Jaan_Tonisson_(Lasteleht), lk 459
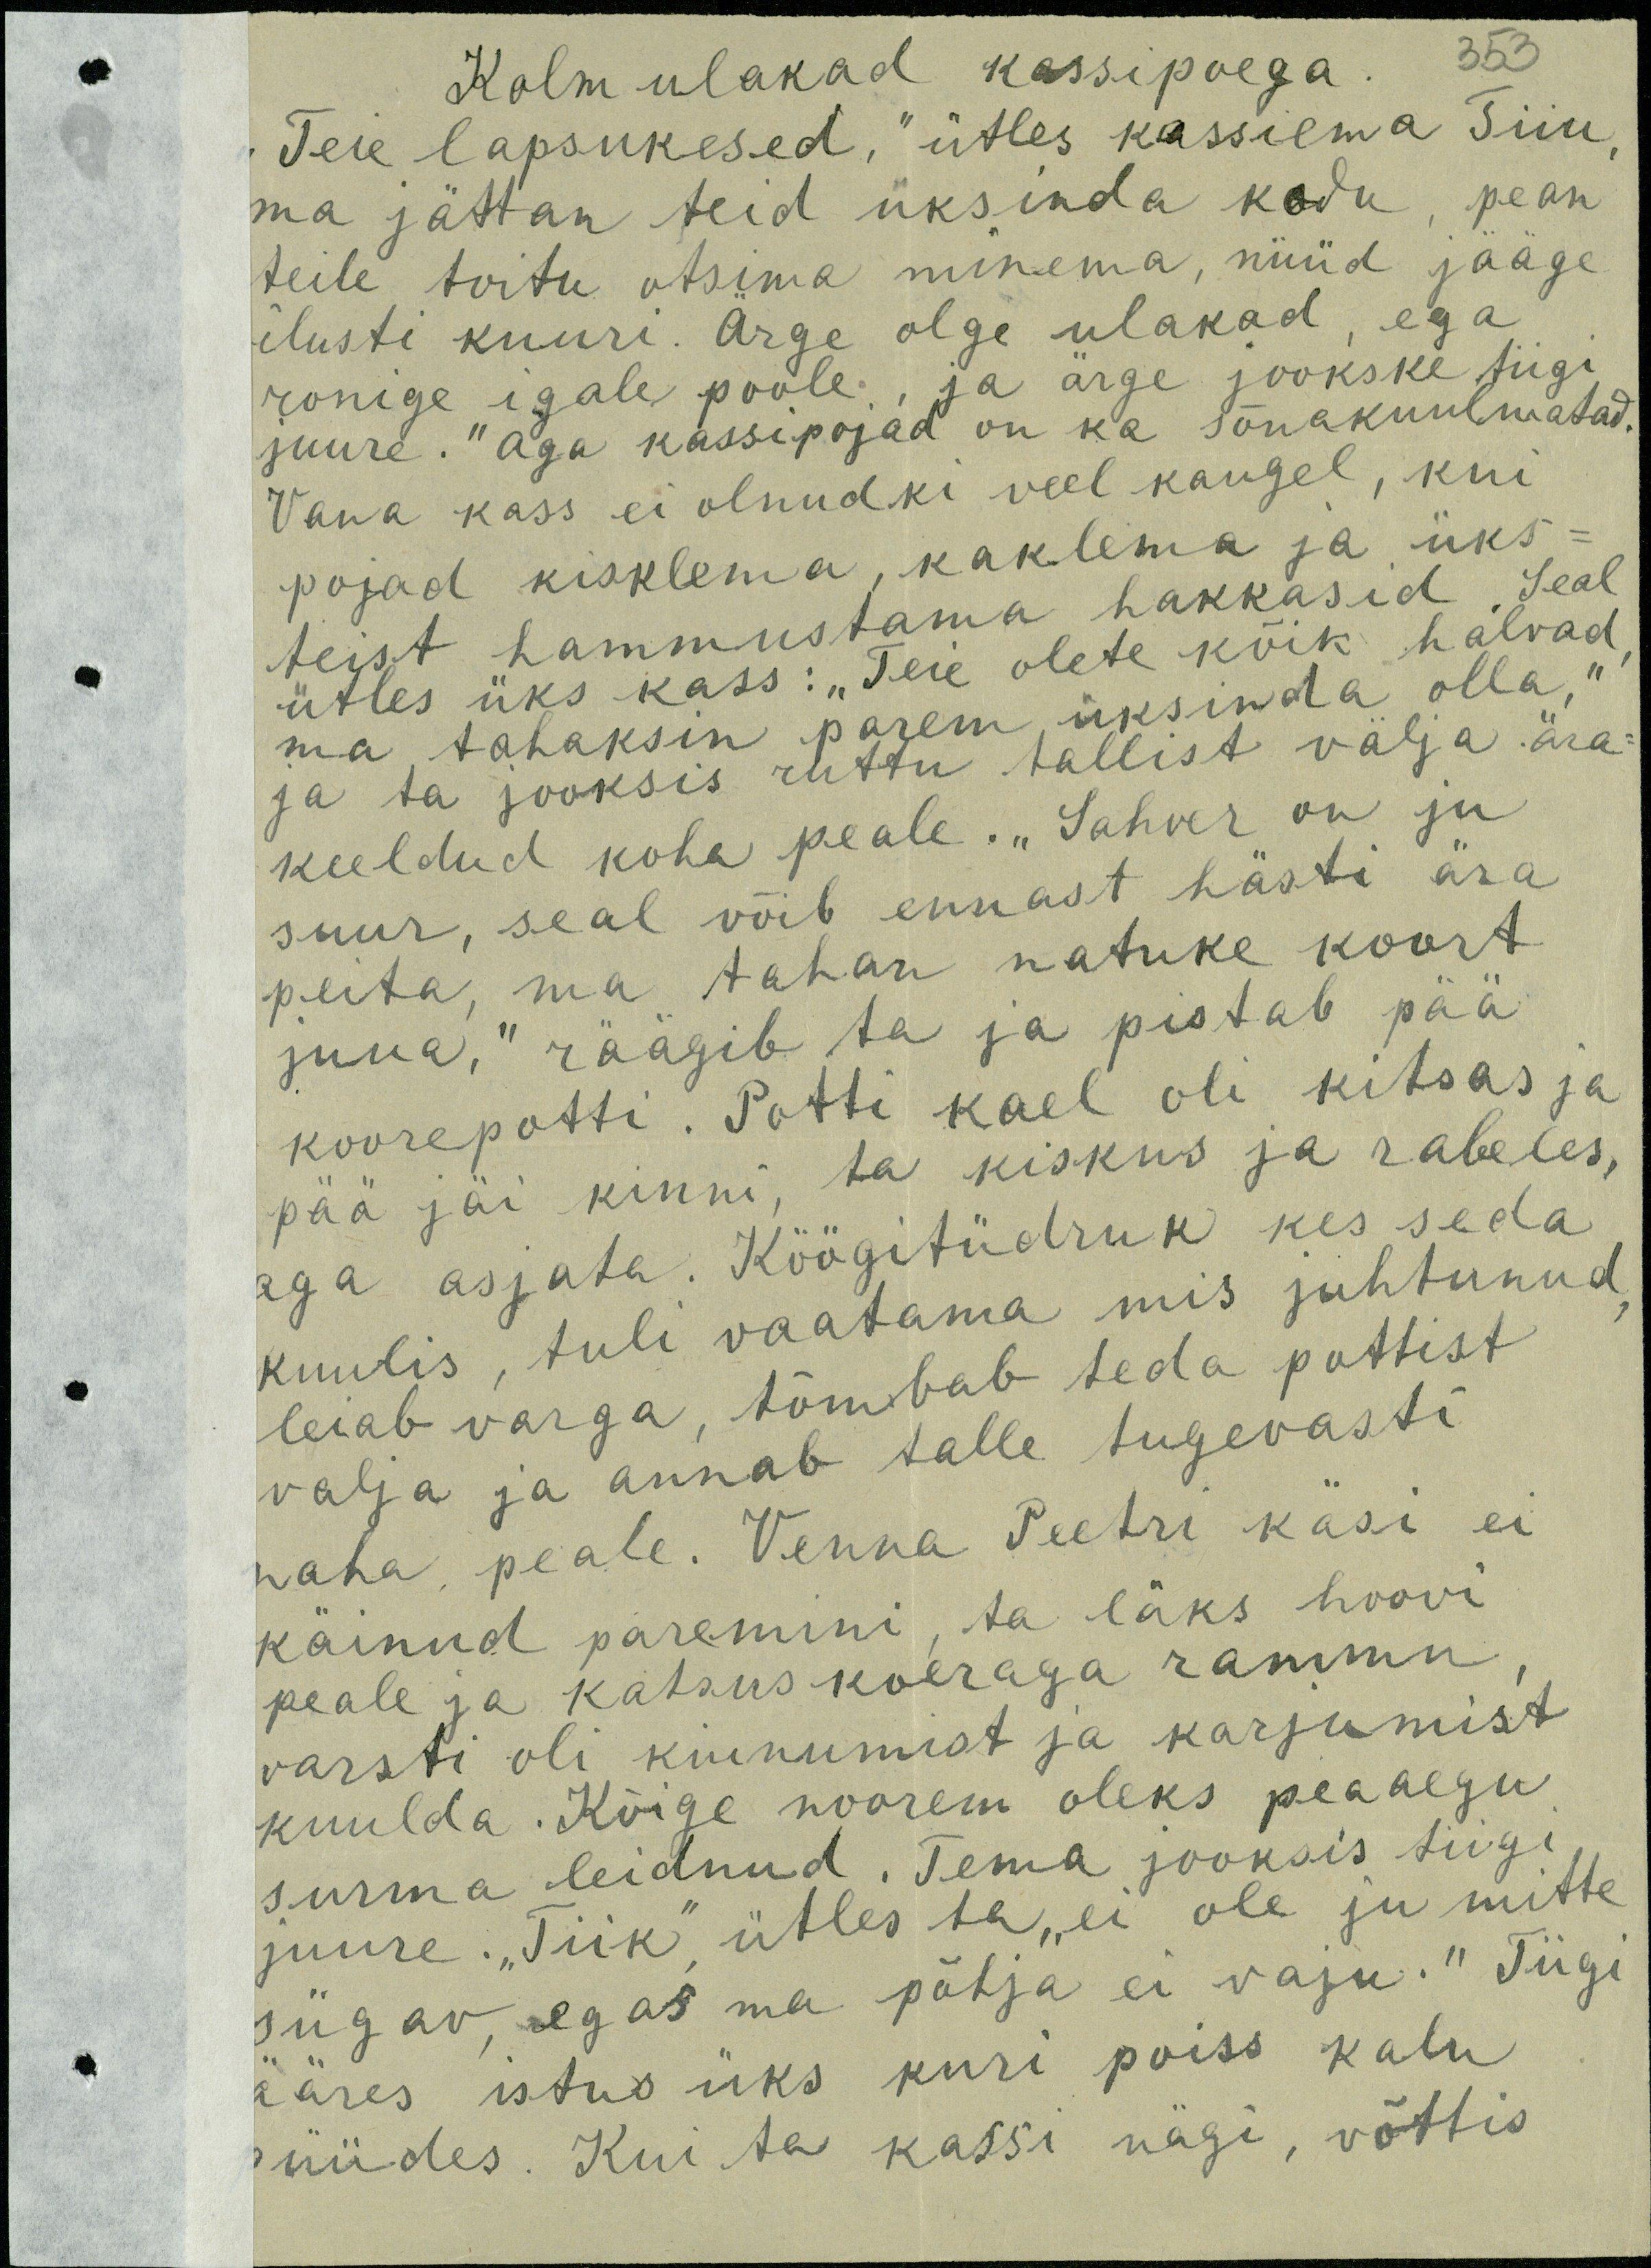
Kolm ulakad kassipoega
353
Teie lapsukesed," ütles kassiema Tiiu
ma jättan teid üksinda kodu, pean
teile toitu otsima minema, nüüd jääge
ilusti kuuri. Ärge olge ulakad, ega
ronige igale poole, ja ärge jookske tiigi
juure." aga kassipojad on ka sõnakuulmatad.
Vana kass ei olnudki veel kaugel, kui
pojad kisklema, kaklema ja üks-
teist hammustama hakkasid. Seal
ütles üks kass: "Teie olete kõik halvad
ma tahaksin parem üksinda olla,“
ja ta jooksis ruttu tallist välja ära-
keeldud koha peale. "Sahver on ju
suur, seal võib ennast hästi ära
peita, ma tahan natuke koort
juua." räägib ta ja pistab pää-
koorepotti. Potti kael oli kitsas ja
pää jäi kinni, ta kiskus ja rabeles,
aga asjata. Köögitüdruk kes seda
kuulis, tuli vaatama mis juhtunud
leiab varga, tõmbab teda pottist
välja ja annab talle tugevasti
naha peale. Venna Peetri käsi ei
käinud paremini, ta läks hoovi
peale ja katsus koeraga rammu
varsti oli kiunumist ja karjumist
kuulda. Kõige noorem oleks peaaegu
surma leidnud. Tema jooksis tiigi
juure. "Tiik" ütles ta "ei ole ju mitte
sügav, egas ma põhja ei vaju." Tiigi
ääres istus üks kuri poiss kalu
püüdes. Kui ta kassi nägi, võttis